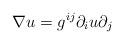
LaTeX: \begin{align*}\nabla u= g^{ij}\partial _iu\partial _j \end{align*}